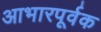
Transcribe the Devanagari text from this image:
आभारपूर्वक